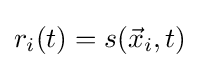
r_{i}(t)=s({\vec {x}}_{i},t)